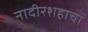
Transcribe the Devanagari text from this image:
नादीरशहाचा